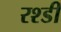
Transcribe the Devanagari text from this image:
रश्डी